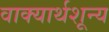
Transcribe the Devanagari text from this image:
वाक्यार्थशून्य